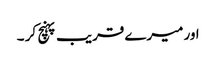
اور میرے قریب پہنچ کر ۔